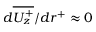
d \overline { { U _ { z } ^ { + } } } / { d r ^ { + } } \approx 0